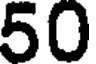
50